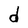
Character: d